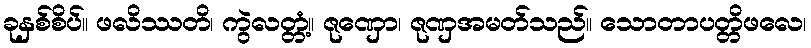
ခုနှစ်စိပ်။ ဖလိဿတိ၊ ကွဲလတ္တံ့။ ဇုဏှော၊ ဇုဏှအမတ်သည်။ သောတာပတ္တိဖလေ၊